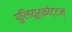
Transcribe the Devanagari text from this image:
पुलियूर्‌कोट्टम्